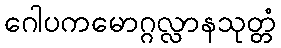
ဂေါပကမောဂ္ဂလ္လာနသုတ္တံ